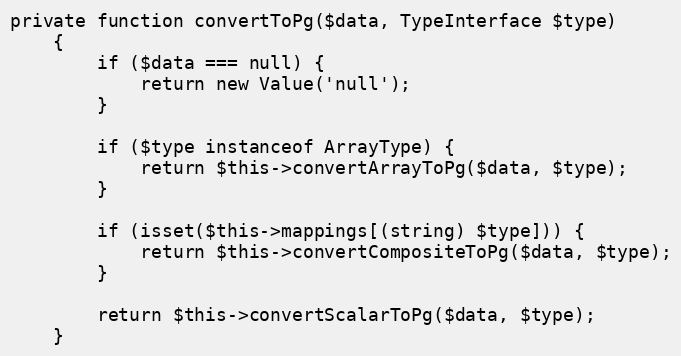
Language: PHP
private function convertToPg($data, TypeInterface $type)
    {
        if ($data === null) {
            return new Value('null');
        }

        if ($type instanceof ArrayType) {
            return $this->convertArrayToPg($data, $type);
        }

        if (isset($this->mappings[(string) $type])) {
            return $this->convertCompositeToPg($data, $type);
        }

        return $this->convertScalarToPg($data, $type);
    }